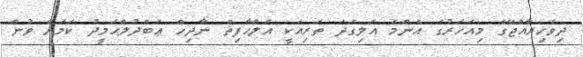
ދިވެހިރާއްޖޭގެ މިއަހަރުގެ އެންމެ އަލިގަދަ ތަރިއަކީ އަލްޙާފިޡް ނާދިހް ޢަބްދުލްޙަމީދު ކަމަށް ވުން